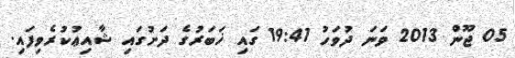
05 ޖޫން 2013 ވަނަ ދުވަހު 19:41 ގައި ޚަބަރުގެ ދަށުގައި ޝާއިޢުކުރެވިފައި.